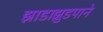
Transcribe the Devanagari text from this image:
झाडाझुडपाने